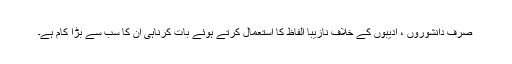
صرف دانشوروں ، ادیبوں کے خلاف نازیبا الفاظ کا استعمال کرتے ہوئے بات کرناہی ان کا سب سے بڑا کام ہے۔